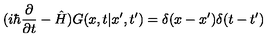
( i \hbar \frac { \partial } { \partial t } - \hat { H } ) G ( x , t | x ^ { \prime } , t ^ { \prime } ) = \delta ( x - x ^ { \prime } ) \delta ( t - t ^ { \prime } )